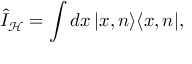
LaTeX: \hat { I } _ { \mathcal { H } } = \int d x \, | x , n \rangle \langle x , n | ,